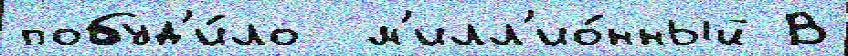
побуд'и́ло  м'илл'ио́нный В